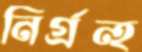
নির্গ্রন্হ